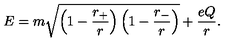
E = m \sqrt { \left( 1 - { \frac { r _ { + } } { r } } \right) \left( 1 - { \frac { r _ { - } } { r } } \right) } + { \frac { e Q } { r } } .